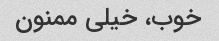
خوب، خیلی ممنون